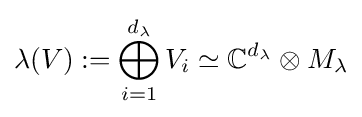
\lambda (V):=\bigoplus _{i=1}^{d_{\lambda }}V_{i}\simeq \mathbb {C} ^{d_{\lambda }}\otimes M_{\lambda }